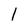
Character: 1